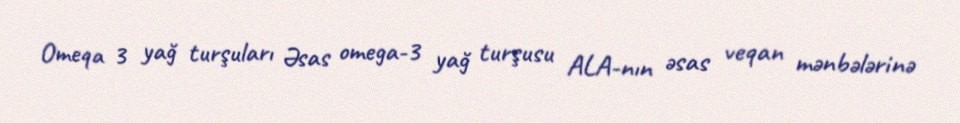
Omeqa 3 yağ turşuları Əsas omega-3 yağ turşusu ALA-nın əsas veqan mənbələrinə